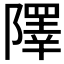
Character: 𨼸